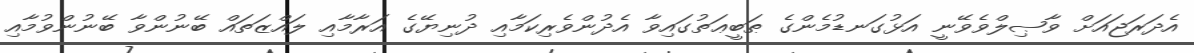
އެދަރަޖައަށް ވާޞިލްވެވޭނީ އަޅުގަނޑުމެންގެ ޠަބީޢަތުގައިވާ އެދުންވެރިކަމާއި ދުނިޔޭގެ އަރާމާއި ލައްޒަތައް ބޭނުންވާ ބޭނުންވުމާއި